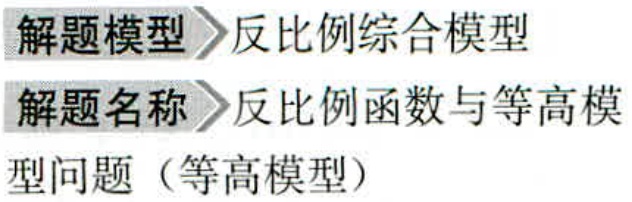
解题模型\(>\)反比例综合模型
解题名称\(>\)反比例函数与等高模
型问题（等高模型）